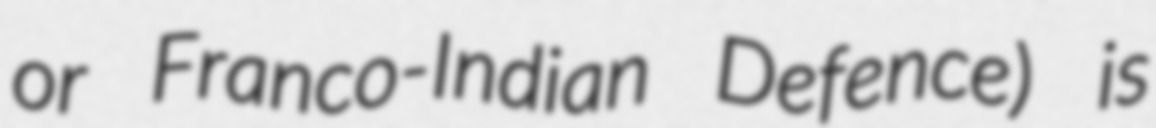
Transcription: or Franco-Indian Defence) is